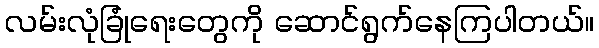
လမ်းလုံခြုံရေးတွေကို ဆောင်ရွက်နေကြပါတယ်။